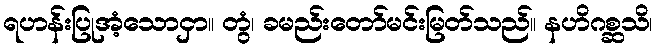
ရဟန်းပြုအံ့သောငှာ။ တွံ၊ ခမည်းတော်မင်းမြတ်သည်။ နဟိဂစ္ဆသိ၊